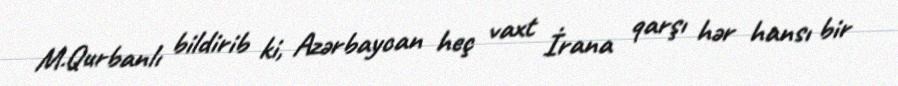
M.Qurbanlı bildirib ki, Azərbaycan heç vaxt İrana qarşı hər hansı bir